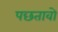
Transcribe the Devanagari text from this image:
पछतावो